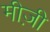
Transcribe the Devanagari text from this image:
मीज़ी